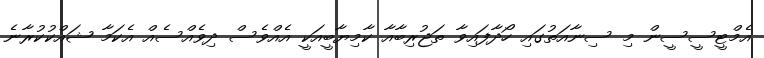
އެމްޓީސީސީން މި ސިނާއަތުގައި ހޯދާފައިވާ ތަޖުރިބާއާ ކާމިޔާބީއަކީ އެއްވެސް ދިވެއްސެއް އެކަމާ ޝައްކުކުރާނެ